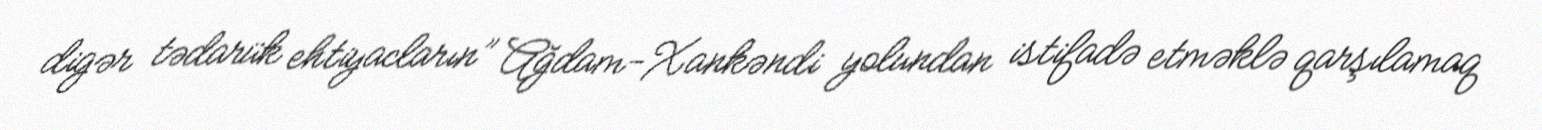
digər tədarük ehtiyacların” Ağdam-Xankəndi yolundan istifadə etməklə qarşılamaq